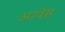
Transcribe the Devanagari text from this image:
आवेष्ट